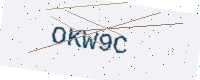
Text: OKW9C